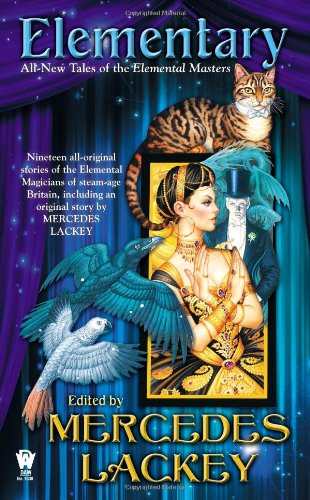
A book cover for Elementary (All-New Tales of the Elemental Masters); Science Fiction & Fantasy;